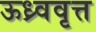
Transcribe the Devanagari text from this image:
ऊध्र्ववृत्त